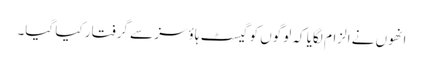
انھوں نے الزام لگایا کہ لوگوں کو گیسٹ ہاؤسز سے گرفتار کیا گیا۔